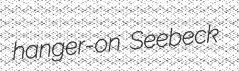
hanger-on Seebeck